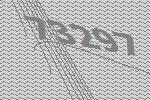
73297